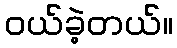
ဝယ်ခဲ့တယ်။